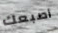
أصبعك